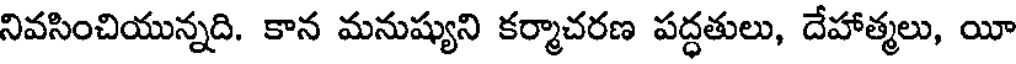
నివసించియున్నది. కాన మనుష్యుని కర్మాచరణ పద్ధతులు, దేహాత్మలు, యీ